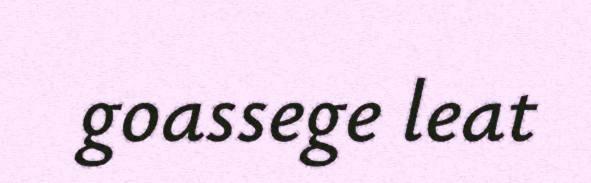
goassege leat